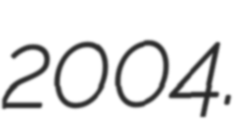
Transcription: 2004.